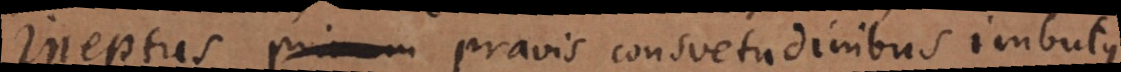
ineptus primum pravis consuetudinibus imbutus